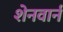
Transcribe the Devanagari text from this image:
शेनवार्न